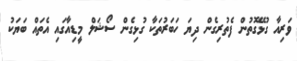
ވަރިއާ ގުޅޭގޮތުން ފެތުރިގެން ދިޔަ ހަބަރުތަކާ ގުޅިގެން ސޯޝަލް މީޑިއާގައި އެތައް ބަޔަކު